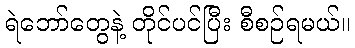
ရဲဘော်တွေနဲ့ တိုင်ပင်ပြီး စီစဉ်ရမယ်။